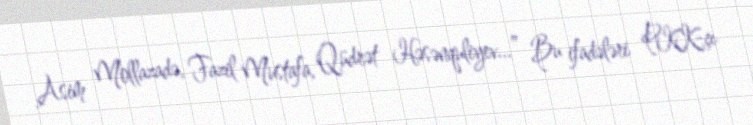
Asim Mollazadə, Fazil Mustafa, Qüdrət Həsənquliyev...” Bu ifadələri PKK-çı